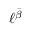
\ell ^ { \bar { \beta } }